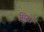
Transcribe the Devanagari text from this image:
मिसा